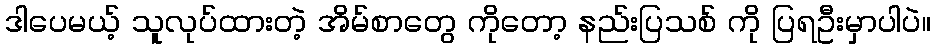
ဒါပေမယ့် သူလုပ်ထားတဲ့ အိမ်စာတွေ ကိုတော့ နည်းပြသစ် ကို ပြရဦးမှာပါပဲ။